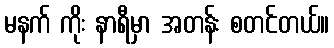
မနက် ကိုး နာရီမှာ အတန်း စတင်တယ်။